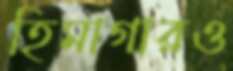
হিমাগারও